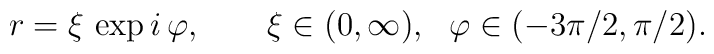
r=\xi\,\exp i\,\varphi, \ \ \ \ \ \  \xi \in (0,\infty ), \ \ \ \\ \varphi \in (-3\pi /2,\pi /2).